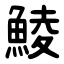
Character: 鯪